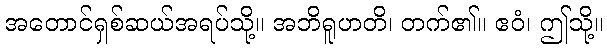
အတောင်ရှစ်ဆယ်အရပ်သို့။ အဘိရူဟတိ၊ တက်၏။ ဧဝံ၊ ဤသို့။